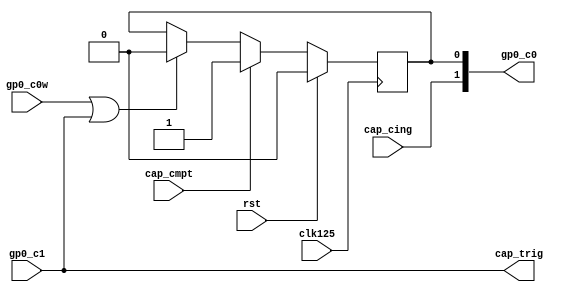
`timescale 1ns / 1ps
//////////////////////////////////////////////////////////////////////////////////
// Company:
// Engineer:
//
// Design Name:
// Module Name: Tc_PL_cap_gp_ctl
// Project Name:
// Target Devices:
// Tool Versions:
// Description:
//
// Dependencies:
//
// Revision:
// Revision 0.01 - File Created
// Additional Comments:
//
//////////////////////////////////////////////////////////////////////////////////


module Tc_PL_cap_gp_ctl
#(
parameter AGP0_1  = 2
)(
input                     clk125             ,
input                     rst                ,
input                     cap_cing           ,
input                     cap_cmpt           ,
output                    cap_trig           ,
output     [AGP0_1 -1:0]  gp0_c0	           ,
input                     gp0_c1	           ,
input                     gp0_c0w
    );

reg cap_state_cmpt = 0;
always@(posedge clk125)begin
	if(rst)begin
		cap_state_cmpt <= 0;
	end else begin
		if(cap_cmpt)begin
			cap_state_cmpt <= 1;
		end else if(gp0_c0w|cap_trig)begin
			cap_state_cmpt <= 0;
		end
	end
end

assign cap_trig = gp0_c1;
assign gp0_c0   = {cap_cing,cap_state_cmpt};

endmodule